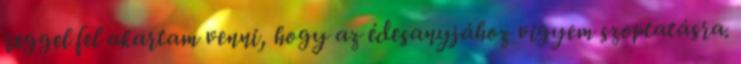
reggel fel akartam venni, hogy az édesanyjához vigyem szoptatásra.